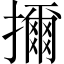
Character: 擟